Report on malaria in the Punjab during the year ...  together with an account of the work of the Punjab Malaria Bureau - Volume 4
Disease focus: Malaria
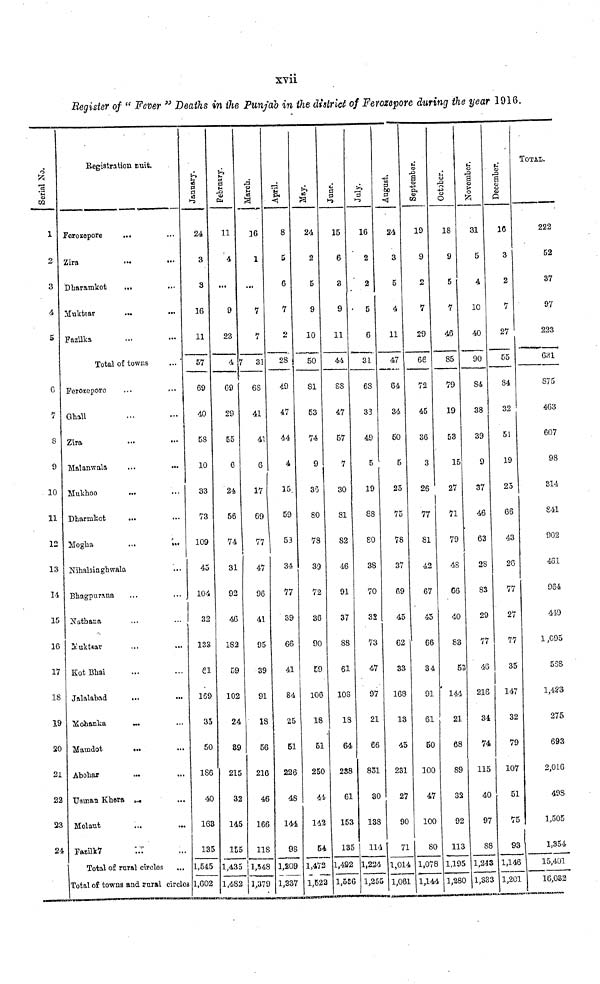
xvii
Register of " Fever " Deaths in the Punjab in the district of Ferozepore during the year 1916.
Serial No.
1
2
3
4
S
G
7
8
9
10
11
12
13
14
15
16
17
18
19
20
21
22
23
24
Registration unit.
Feroxepore
Zira
Dharamkot
...
Muktsar
Fazilka
Total of towns
...
Ferozeporo
Ghall
Zira
Malanwala
...
...
Mukhoo
Dharmkot
...
Mogha
...
...
Nihalsinghwala
Bhagpurana
Nathana
Muktsar
Kot Bhai
Jalalabad
Mohanka
...
Mamdot
...
Abohar
Usman Khera ...
Molaut
...
...
Fazilka7
...
Total of rural circles
...
Total of towns and rural circles
Jauuary.
24
3
3
16
11
57
69
40
58
10
33
73
109
45
104
32
138
€1
169
35
50
186
40
163
135
1,545
1,602
February.
11
4
...
9
23
4
69
29
55
6
24
56
74
31
92
46
182
59
102
24
89
215
32
145
1S5
1,435
1,482
March.
16
1
...
7
7
7
31
6S
41
41
6
17
69
77
47
96
41
95
39
91
18
56
216
46
166
118
! 1,548
1,379
April.
8
5
6
1
2
28
49
47
44
4
15.
59
53
34
77
39
66
41
84
25
51
226
48
144
98
1,809
1,237
May.
24
2
5
9
10
50
81
53
74
9
36
80
78
39
72
36
90
£9
106
18
51
250
44
142
54
1,472
1,522
June.
15
6
3
9
11
44
88
47
57
7
30
81
82
46
91
37
88
61
108
18
64
238
61
153
135
1,492
1,586
July.
16
2
2
5
6
31
68
33
49
5
19
88
80
38
70
3S
73
47
97
21
66
851
30
138
114
1,234
1,255
August.
24
3
5
4
11
47
64
34
50
5
25
75
78
37
69
45
62
33
168
13
45
231
27
90
71
1,014
1,061
September.
19
9
7
29
66
72
45
36
3
26
77
81
42
67
45
66
34
91
61
50
100
47
100
80
1,078
1,144
October.
18
9
5
7
46
85
79
19
53
15
27
n
79
48
66
40
S3
53
144
21
68
89
32
92
113
1,195
1,280
1
1
31
5
4
10
40
90
S4
38
39
9
37
46
63
28
83
29
77
46
216
34
74
115
40
97
88
1,243
1,383
December.
16
3
2
¡
27
55
84
32
51
19
25
66
43
26
77
27
77
35
147
32
79
107
51
75
93
1,146
1,201
TOTAL.
222
52
37
97
223
6S1
S75
463
607
98
314
841
902
461
964
419
1,095
538
1,423
275
693
2,016
498
1,505
1,354
15,401
16,082